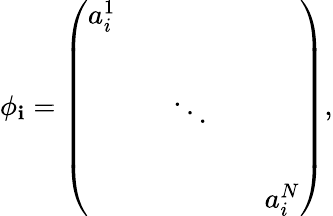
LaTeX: \phi_{\mathbf{i}}=\left(\begin{array}{ccccc}{{a_{i}^{1}}}&{{}}&{{}}&{{}}&{{}}\\ {{}}&{{}}&{{}}&{{}}&{{}}\\ {{}}&{{}}&{{\ddots}}&{{}}&{{}}\\ {{}}&{{}}&{{}}&{{}}&{{}}\\ {{}}&{{}}&{{}}&{{}}&{{a_{i}^{N}}}\end{array}\right),